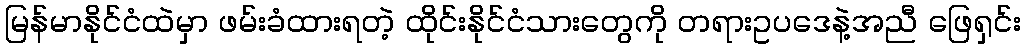
မြန်မာနိုင်ငံထဲမှာ ဖမ်းခံထားရတဲ့ ထိုင်းနိုင်ငံသားတွေကို တရားဥပဒေနဲ့အညီ ဖြေရှင်း